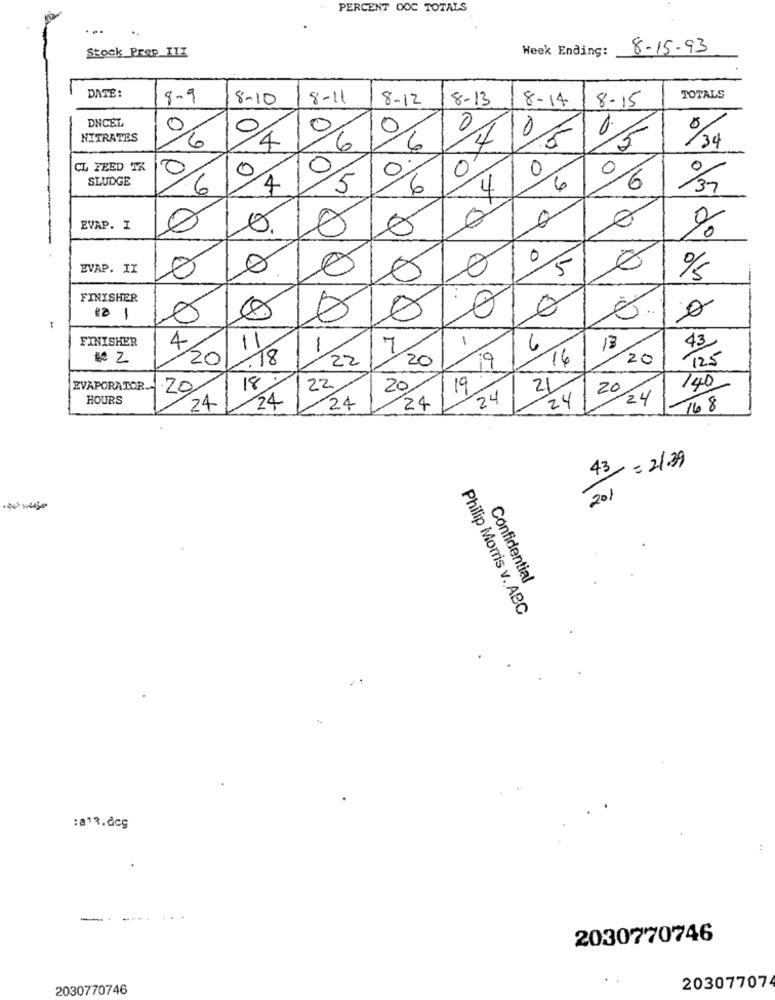
PERCENT OOC TOTALS
Stock Prep_III
Week Ending:
8-15-93
DATE:
TOTALS
8-9
8-10
8-11
8-12
8-13
8-14
8-15
DNCEL
0
0,
0
0
6.
0%
NITRATES
0106
/A
6
/34
CL FEED TX
0
0
0
SLUDGE
0
0
6
4
5
6
4
6
0/6
---
03/
A
EVAP. I
%
0
EVAP. II
0
0
15
%
FINISHER
8 ..
-
FINISHER
1
11
1
6
#0 2
22
20
19
16
20
43
125
4/2018
18:
EVAPORATOR
20
22
20,
19
21
20
140
HOURS
24
24
24
24
24
24
24
16 8
43 =21.39
201
Confidential
Philip Morris v. ABC
:a13.dcg
-
-.....
2030770746
2030770746
20307707